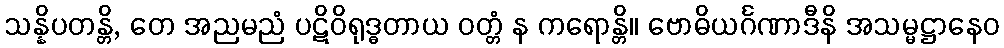
သန္နိပတန္တိ, တေ အညမညံ ပဋိဝိရုဒ္ဓတာယ ဝတ္တံ န ကရောန္တိ။ ဗောဓိယင်္ဂဏာဒီနိ အသမ္မဋ္ဌာနေဝ